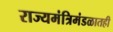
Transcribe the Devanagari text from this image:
राज्यमंत्रिमंडळातही